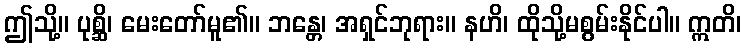
ဤသို့။ ပုစ္ဆိ၊ မေးတော်မူ၏။ ဘန္တေ၊ အရှင်ဘုရား။ နဟိ၊ ထိုသို့မစွမ်းနိုင်ပါ။ ဣတိ၊